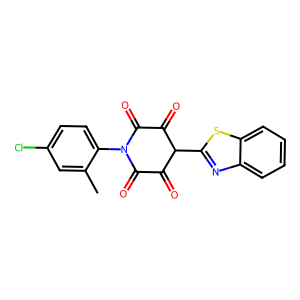
SMILES: Cc1cc(Cl)ccc1N1C(=O)C(=O)C(c2nc3ccccc3s2)C(=O)C1=O
Inhibits HIV replication: No